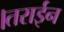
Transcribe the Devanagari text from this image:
।तराईन